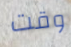
وقت